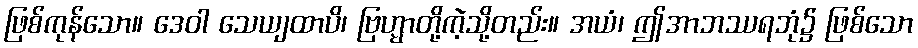
ဖြစ်ကုန်သော။ ဒေဝါ သေယျထာပိ၊ ဗြဟ္မာတို့ကဲ့သို့တည်း။ အယံ၊ ဤအာဘဿရဘုံ၌ ဖြစ်သော